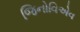
જિનોવિએવ